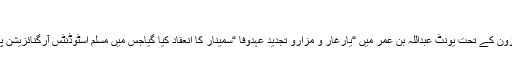
ترجمان
کراچی نیوزآن لائن)مسلم اسٹوڈنٹس آرگنائزیشن جنوب مشرقی زون کے تحت یونٹ عبداللہ بن عمر میں “یارِغار و مزارو تجدیدِ عہدوفا “سمینار کا انعقاد کیا گیاجس میں مسلم اسٹوڈنٹس آرگنائزیشن پاکستان کے ناظم عمومی رانا عثمان نے خصوصی شرکت کی۔